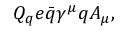
Q _ { q } e \bar { q } \gamma ^ { \mu } q A _ { \mu } ,